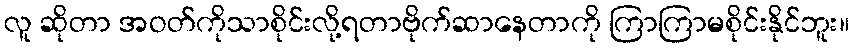
လူ ဆိုတာ အဝတ်ကိုသာစိုင်းလို့ရတာဗိုက်ဆာနေတာကို ကြာကြာမစိုင်းနိုင်ဘူး။